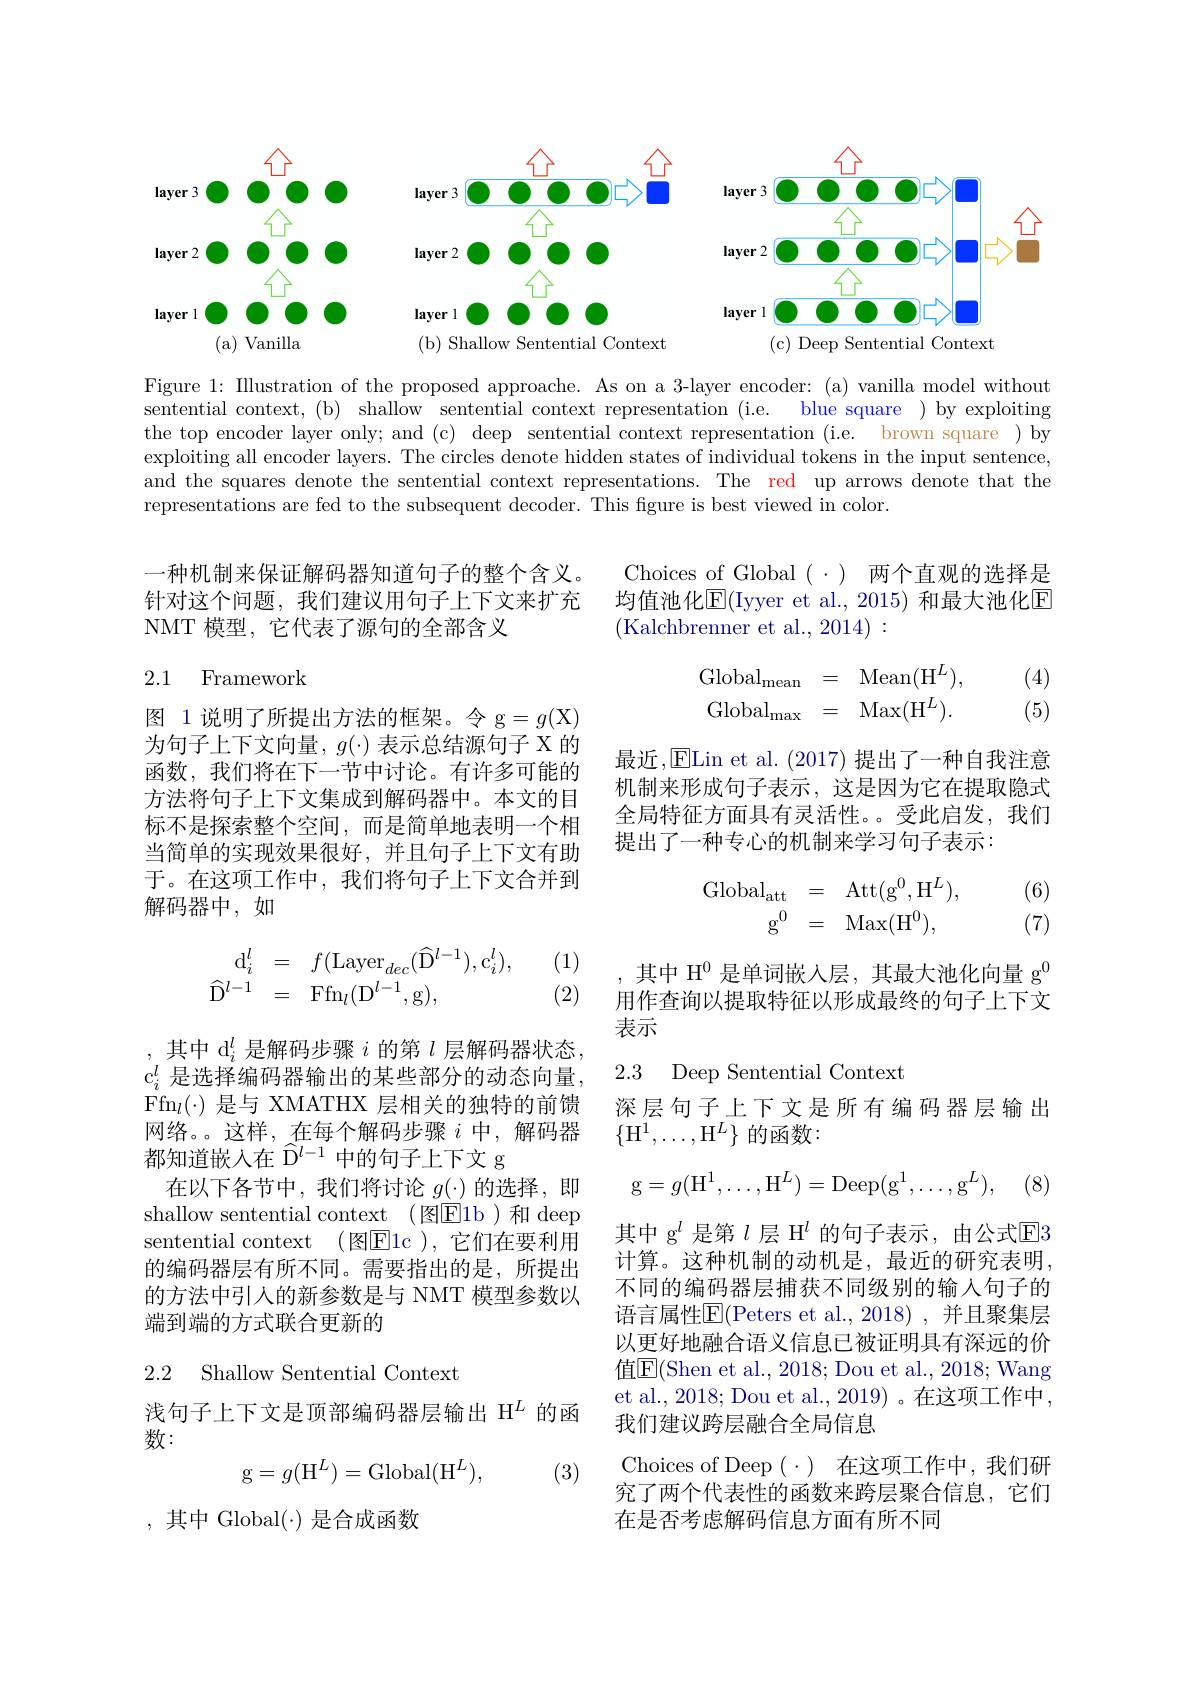
$\textbf{layer 3}$

<FigureHere>
( c) Deep Sentential Context

Shallow Sentential Context
(a)

$\textbf{layer 2}\left ( \frac 12\right )$

$\textbf{layer l}$

Figure 1: Illustration of the proposed approache. As on a 3-layer encoder: (a) vanilla model without
blue square ) by exploiting
sentential context, (b) shallow sentential context representation (i.e.
the top encoder layer only; and (c) deep sentential context representation (i.e. brown square )by exploiting all encoder layers. The circles denote hidden states of individual tokens in the input sentence, and the squares denote the sentential context representations. The red up arrows denote that the representations are fed to the subsequent decoder. This fgure is best viewed in color.

Choices of Global $(\cdot)$两个直观的选择是均值池化$\overline{\mathrm{E}}($Iyyer et al., 2015) 和最大池化$\underline{\mathrm{E}}$ (Kalchbrenner et al., 2014):

一种机制来保证解码器知道句子的整个含义。针对这个问题，我们建议用句子上下文来扩充NMT 模型，它代表了源句的全部含义

## 2.1 Framework
$$\begin{array}{rcl}\mathrm{Global}_{\mathrm{mean}}&=&\mathrm{Mean}(\mathrm{H}^L),\\\mathrm{Global}_{\mathrm{max}}&=&\mathrm{Max}(\mathrm{H}^L).\end{array}$$
(4) (5)

最近，ELin et al.(2017) 提出了一种自我注意机制来形成句子表示，这是因为它在提取隐式全局特征方面具有灵活性。。受此启发，我们提出了一种专心的机制来学习句子表示：

图 1 说明了所提出方法的框架。令 g$=g($X) 为句子上下文向量，$g(\cdot)$表示总结源句子 X 的函数，我们将在下一节中讨论。有许多可能的方法将句子上下文集成到解码器中。本文的目标不是探索整个空间，而是简单地表明一个相当简单的实现效果很好，并且句子上下文有助于。在这项工作中，我们将句子上下文合并到解码器中，如
$$\begin{array}{rcl}\mathrm{Global}_{\mathrm{att}}&=&\mathrm{Att}(\mathrm{g}^0,\mathrm{H}^L),\\\mathrm{g}^0&=&\mathrm{Max}(\mathrm{H}^0),\end{array}$$
(6) (7)

(1)
$$\begin{array}{rcl}\mathrm{d}_i^l&=&f(\mathrm{Layer}_{dec}(\widehat{\mathrm{D}}^{l-1}),\mathrm{c}_i^l),\\\widehat{\mathrm{D}}^{l-1}&=&\mathrm{Ffn}_l(\mathrm{D}^{l-1},\mathrm{g}),\end{array}$$
(2)

,其中 H$^{0}$是单词嵌入层，其最大池化向量 g$^{0}$ 用作查询以提取特征以形成最终的句子上下文表示

2.3 Deep Sentential Context

深层句子上下文是所有编码器层输出
$\{\mathrm{H}^1,\ldots,\mathrm{H}^L\}$ 的函数：
$$\mathrm{g}=g(\mathrm{H}^1,\ldots,\mathrm{H}^L)=\mathrm{Deep}(\mathrm{g}^1,\ldots,\mathrm{g}^L),$$
,其中 d$_i^l$是解码步骤$i$的第$l$层解码器状态， $\mathrm{c}_i^l$ 是选择编码器输出的某些部分的动态向量， $\mathrm{Ffn}_l(\cdot)$是与 XMATHX 层相关的独特的前馈网络。这样，在每个解码步骤$i$中，解码器都知道嵌入在$\widehat{\mathrm{D}}^{l-1}$中的句子上下文 g
在以下各节中，我们将讨论$g(\cdot)$的选择，即shallow sentential context (图E1b)和 deep sentential context (图E1c ),它们在要利用的编码器层有所不同。需要指出的是，所提出的方法中引人的新参数是与 NMT 模型参数以端到端的方式联合更新的

2.2 Shallow Sentential Context

其中 g$^{l}$是第$l$层 H$^l$的句子表示，由公式$\mathbb{E}$3计算。这种机制的动机是，最近的研究表明， 不同的编码器层捕获不同级别的输入句子的语言属性$\overline{\mathrm{E}}($Peters et al.,2018),并且聚集层以更好地融合语义信息已被证明具有深远的价值$\overline{\mathrm{E}}($Shen et al., 2018; Dou et al., 2018; Wang et al., 2018; Dou et al., 2019) 。在这项工作中， 我们建议跨层融合全局信息
Choices of Deep $( \cdot )$ 在这项工作中，我们研究了两个代表性的函数来跨层聚合信息，它们在是否考虑解码信息方面有所不同

浅句子上下文是顶部编码器层输出$\mathcal{H}^L$的函
数：
$$\mathrm{g}=g(\mathrm{H}^L)=\mathrm{Global}(\mathrm{H}^L),$$
(3)

,其中 Global$(\cdot)$ 是合成函数